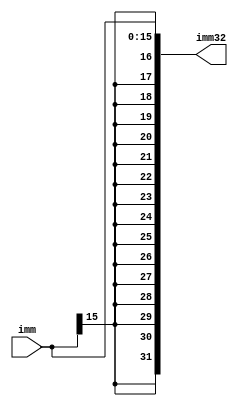
`timescale 1ns / 1ps
//////////////////////////////////////////////////////////////////////////////////
// Company: 
// Engineer: 
// 
// Design Name: 
// Module Name: Immediate Extender
// Project Name: 
// Target Devices: 
// Tool Versions: 
// Description: 
// 
// Dependencies: 
// 
// Revision:
// Revision 0.01 - File Created
// Additional Comments:
// 
//////////////////////////////////////////////////////////////////////////////////


module Immediate_Extender(
    input [15:0] imm,
    
    output reg [31:0] imm32
    );
    
    always @(*)
    begin
    imm32 <= {{16{imm[15]}},imm[15:0]};
    end
endmodule